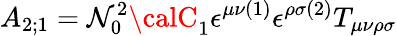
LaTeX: A_{2;1}={\cal\mathcal{N}}_{0}^{2}{\calC}_{1}\epsilon^{\mu\nu(1)}\epsilon^{\rho\sigma(2)}T_{\mu\nu\rho\sigma}